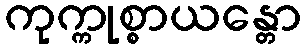
ကုက္ကုစ္စာယန္တော